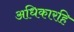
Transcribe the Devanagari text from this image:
अधिकारहि